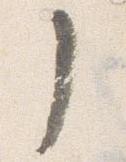
了